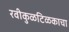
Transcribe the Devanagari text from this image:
रवीकुळटिळकाचा